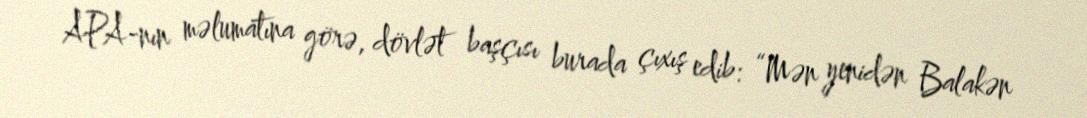
APA-nın məlumatına görə, dövlət başçısı burada çıxış edib: “Mən yenidən Balakən